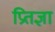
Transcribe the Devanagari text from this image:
प्रितज्ञा